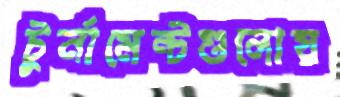
টুর্নামেন্টগুলোয়